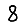
Digit: 8